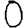
Digit: 0